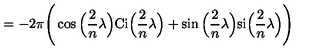
= - 2 \pi \Bigg ( \cos \Big ( \frac { 2 } { n } \lambda \Big ) \mathrm { C i } \Big ( \frac { 2 } { n } \lambda \Big ) + \sin \Big ( \frac { 2 } { n } \lambda \Big ) \mathrm { s i } \Big ( \frac { 2 } { n } \lambda \Big ) \Bigg )